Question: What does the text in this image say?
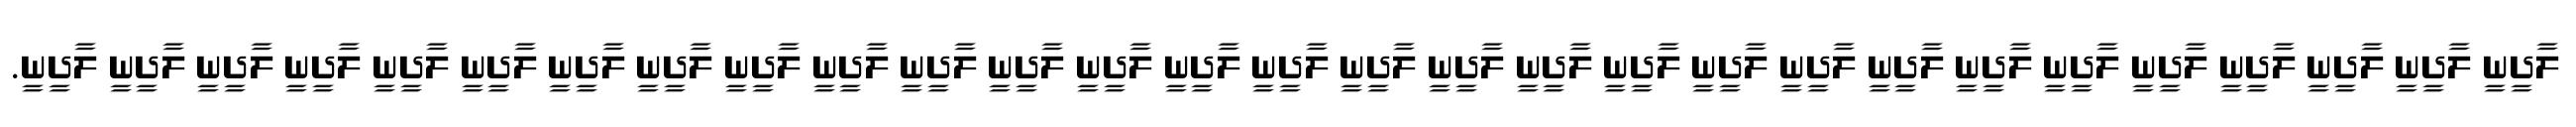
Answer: ލާދީނީ ލާދީނީ ލާދީނީ ލާދީނީ ލާދީނީ ލާދީނީ ލާދީނީ ލާދީނީ ލާދީނީ ލާދީނީ ލާދީނީ ލާދީނީ ލާދީނީ ލާދީނީ ލާދީނީ ލާދީނީ ލާދީނީ ލާދީނީ ލާދީނީ ލާދީނީ ލާދީނީ ލާދީނީ ލާދީނީ ލާދީނީ ލާދީނީ ލާދީނީ ލާދީނީ ލާދީނީ ލާދީނީ.